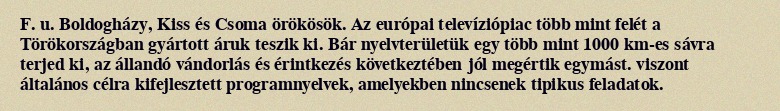
F. u. Boldogházy, Kiss és Csoma örökösök. Az európai televíziópiac több mint felét a Törökországban gyártott áruk teszik ki. Bár nyelvterületük egy több mint 1000 km-es sávra terjed ki, az állandó vándorlás és érintkezés következtében jól megértik egymást. viszont általános célra kifejlesztett programnyelvek, amelyekben nincsenek tipikus feladatok.